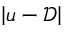
\left\vert u - \mathcal { D } \right\vert